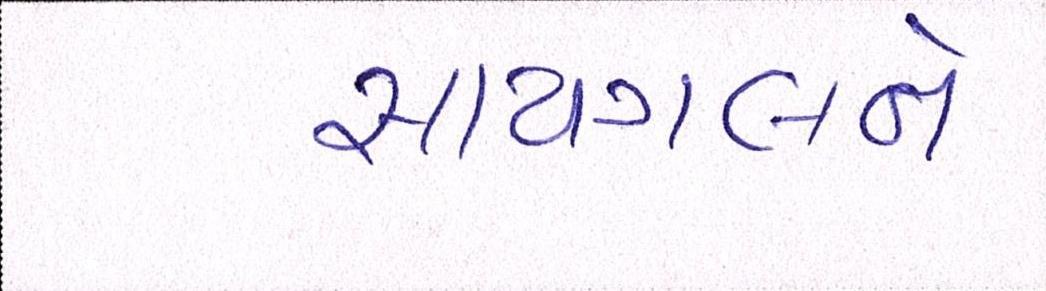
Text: સાયગલને